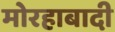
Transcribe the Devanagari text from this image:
मोरहाबादी